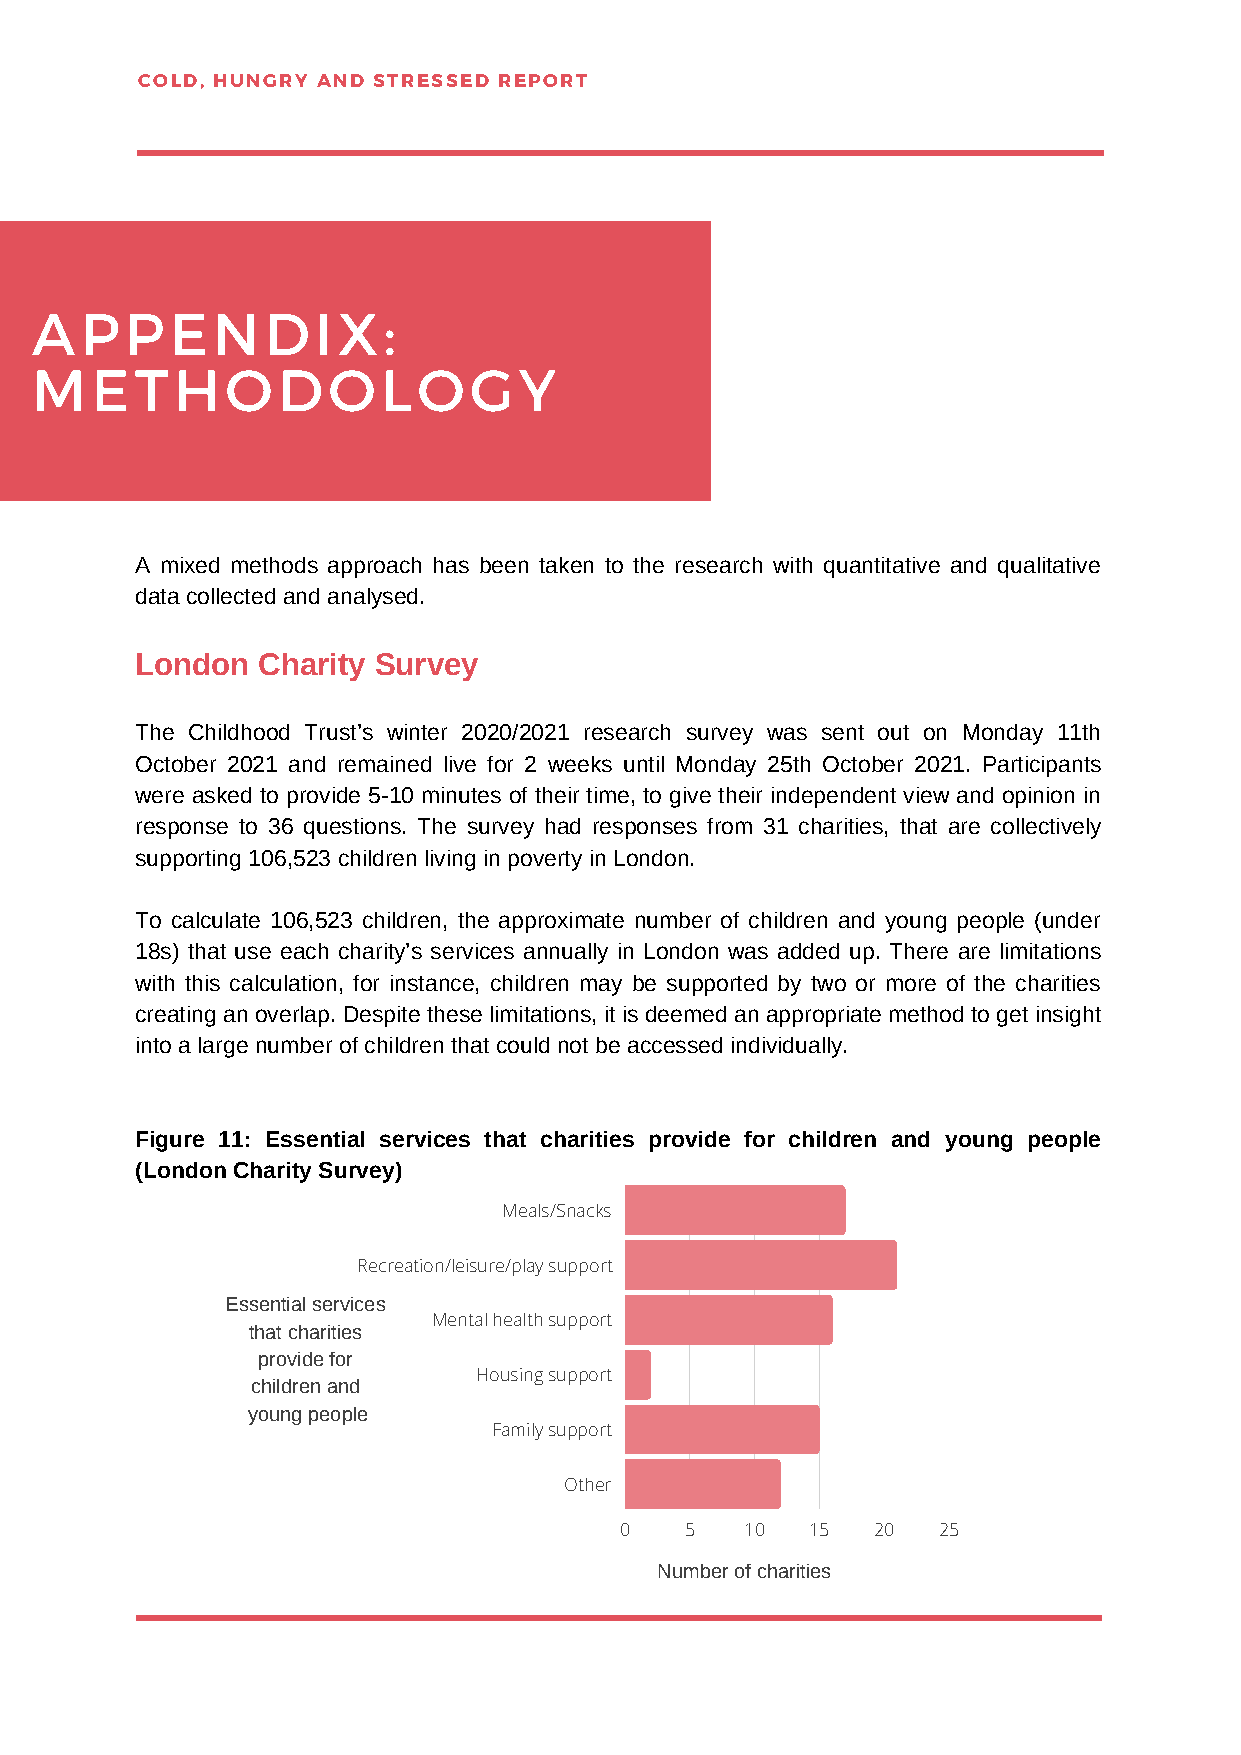
COLD, HUNGRY AND STRESSED REPORT
 APPENDIX:
 METHODOLOGY
 A mixed methods approach has been taken to the research with quantitative and qualitative
 data collected and analysed.
 London  Charity Survey
 The Childhood Trust’s winter 2020/2021 research survey was sent out on Monday 11th
 October 2021 and remained live for 2 weeks until Monday 25th October 2021. Participants
 were asked to provide 5-10 minutes of their time, to give their independent view and opinion in
 response to 36 questions. The survey had responses from 31 charities, that are collectively
 supporting 106,523 children living in poverty in London.
 To calculate 106,523 children, the approximate number of children and young people (under
 18s) that use each charity’s services annually in London was added up. There are limitations
 with this calculation, for instance, children may be supported by two or more of the charities
 creating an overlap. Despite these limitations, it is deemed an appropriate method to get insight
 into a large number of children that could not be accessed individually.
 Figure 11: Essential services that charities provide for children and young people
 (London Charity Survey)
 Meals/Snacks
 Recreation/leisure/play support
 Essential services
 Mental health support
 that charities
 provide for
 Housing support
 children and
 young people
 Family support
 Other
 0   5   10   15  20  25
 Number of charities